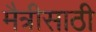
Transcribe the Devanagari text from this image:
मैत्रीसाठी